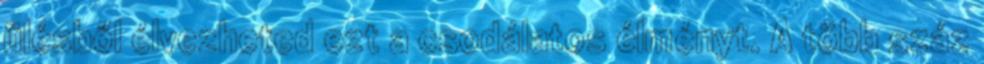
ülésből élvezheted ezt a csodálatos élményt. A több száz